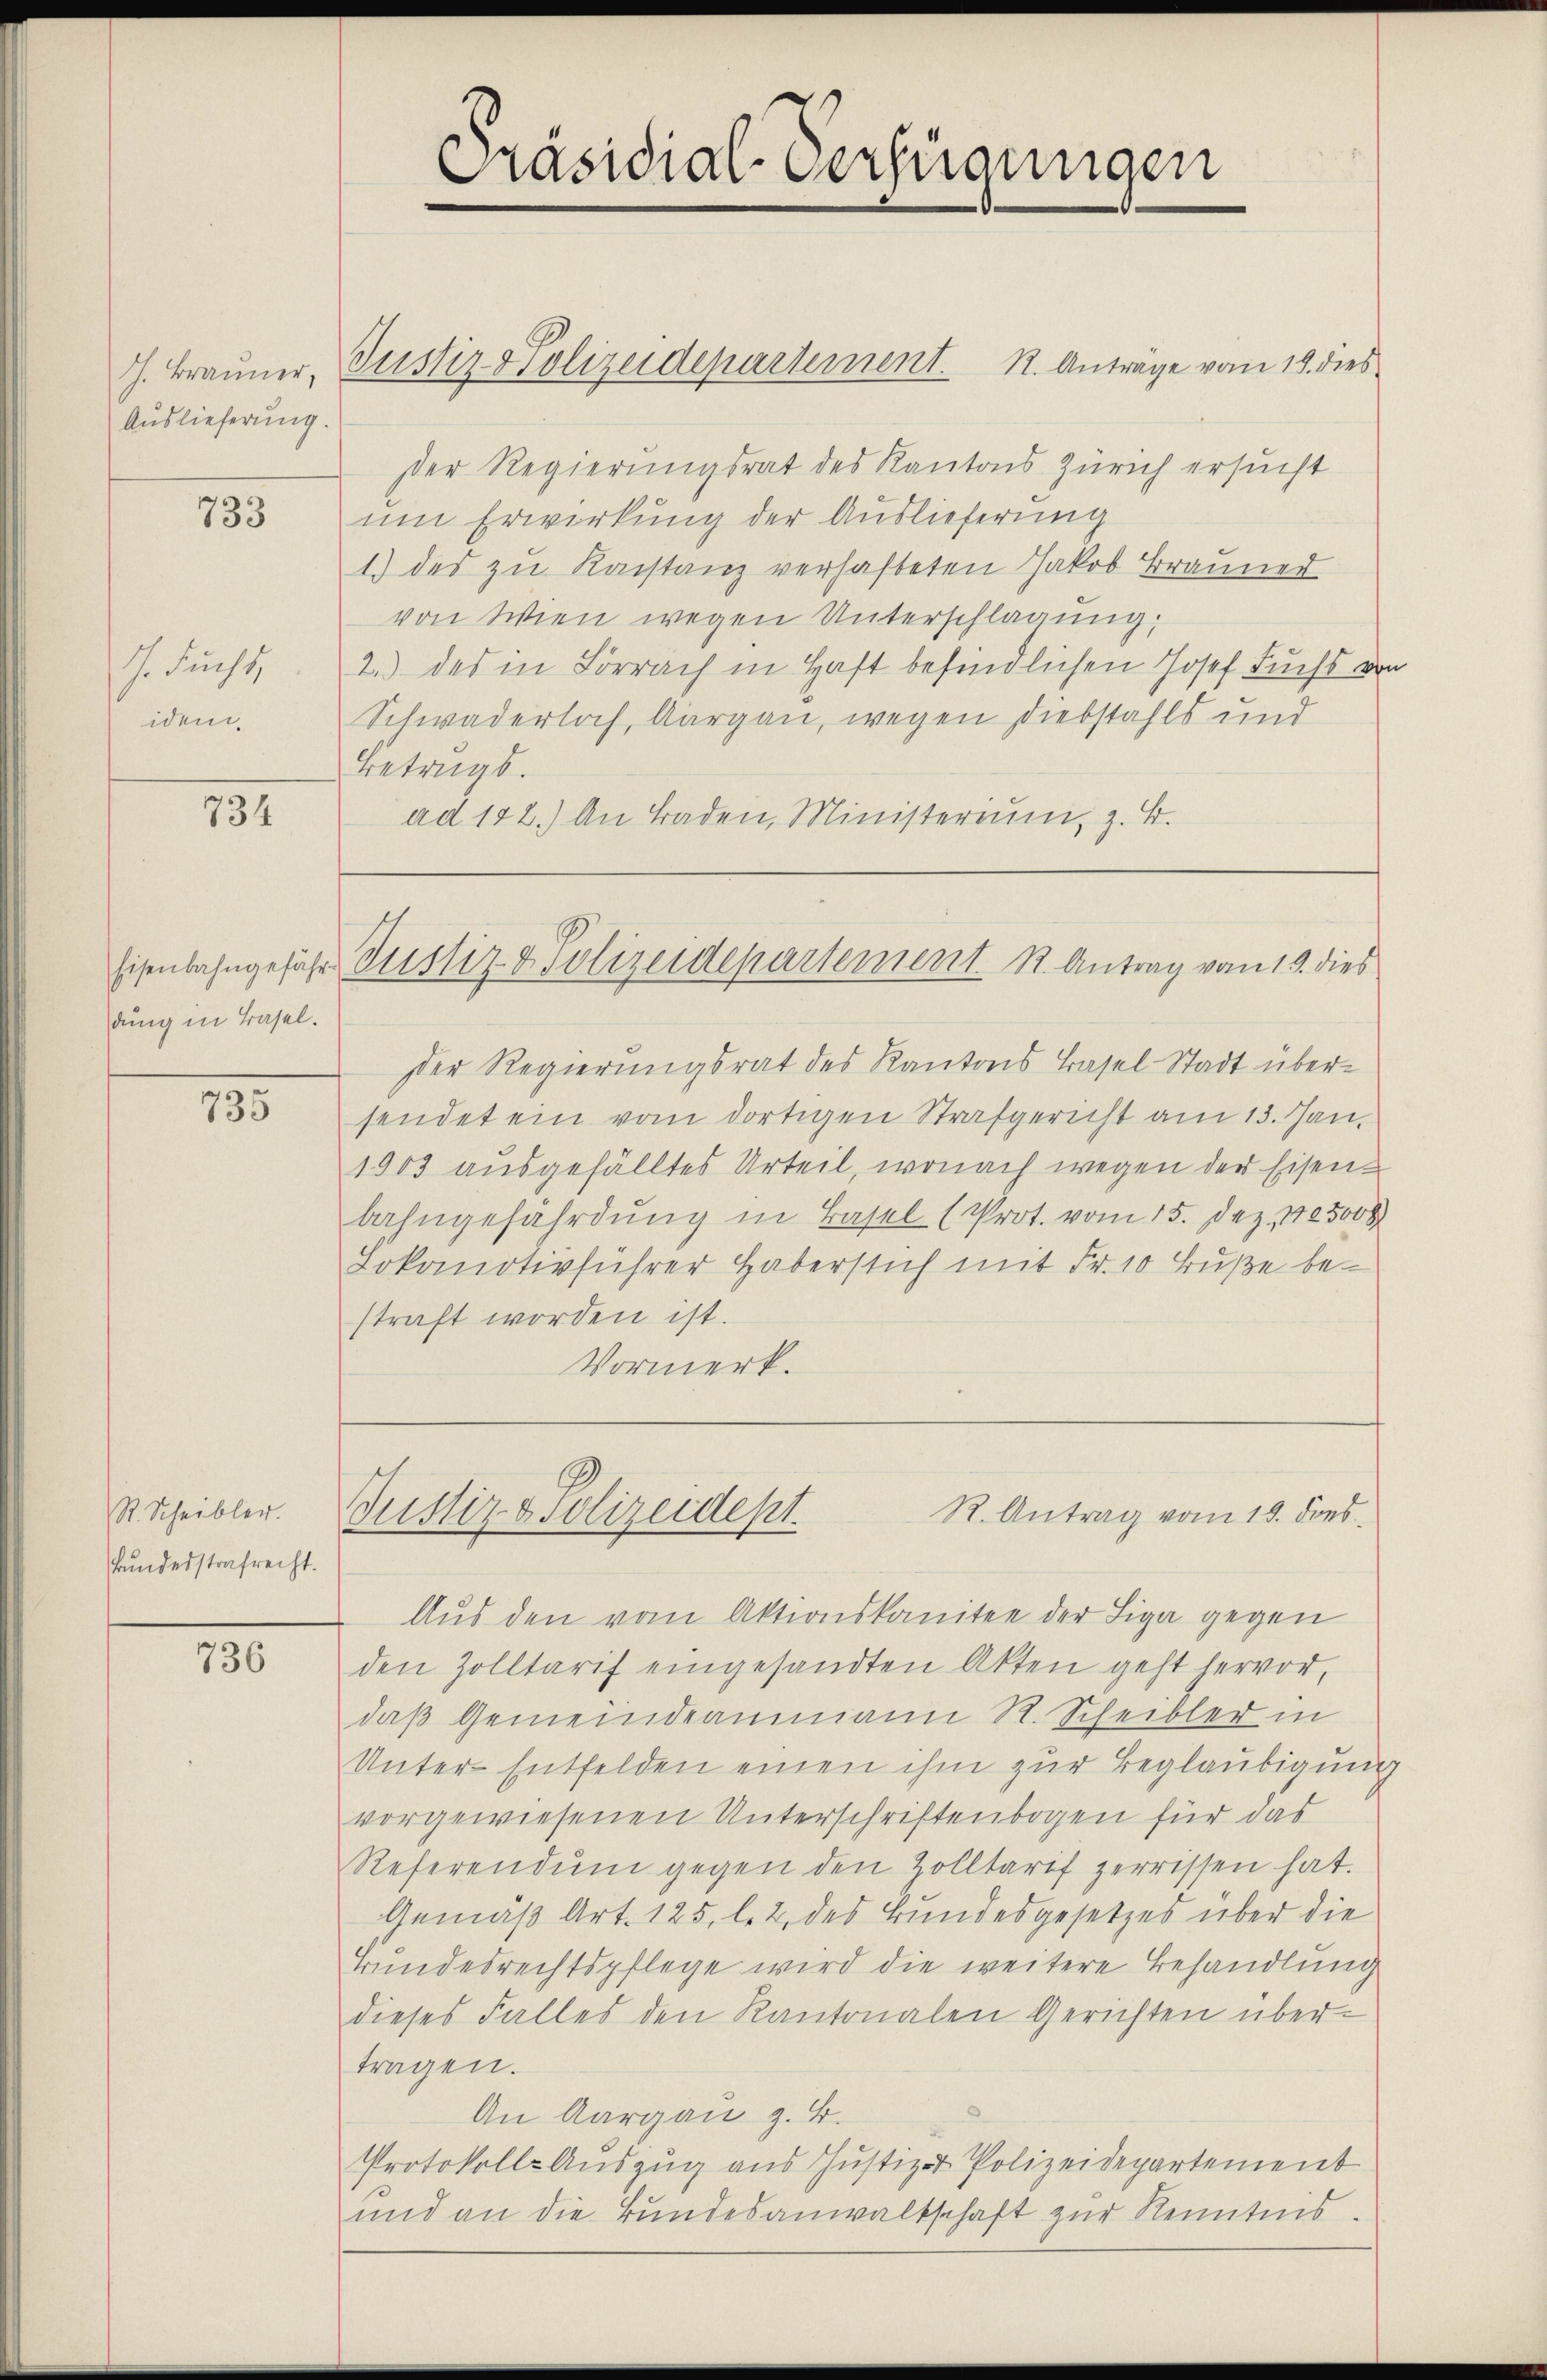
Auslieferung.

733

J. Fucht
idem

134

dung in Basel.

135

R. Scheibler.
kundesstrafrecht.

736

Präsidial-Verfügungen

J. Brauner, Justiz Polizeidepartement. K. Anträge vom 18. dies
Der Regierungsrat des Kantons Zürich ersucht
um Erwirkung der Auslieferung
1) des zu Konstanz verhafteten Jakob Brauner
von Wien wegen Unterschlagung:
2.) des in Lörrach in Haft befindlichen Josef Fuchs von
Schwaderloch, Aargau, wegen Diebstahls und
Betrugs.
ad 182.) An Baden, Ministerium, z. B.

Eisenbahngefähr Justiz & Polizeidepartement K. Antrag vom 19. dies

Der Regierungsrat des Kantons Basel-Stadt übersendet ein vom dortigen Strafgericht am 13. Jan.
1903 ausgefälltes Urteil, wonach wegen der Eisenbahngefährdung in Basel (Prot. vom 15. Dez. 185008
Lokomotivführer Haberstich mit Fr. 10 Fuße bestraft worden ist.
Vormerk.

R. Antrag vom 19. dies
Justiz & Polizeidept.

Aus den vom Aktionskomitee der Liga gegen
den Zolltarif eingesandten Akten geht hervor,
daβ Gemeindeammann R. Scheibler in
Unter-Entfelden einen ihm zur Beglaubigung
vorgewiesenen Unterschriftenbogen für das
Referendŭm gegen den Zolltarif zerrissen hat.
Gemäß Art. 125, lez des Bundesgesetzes über die
Bŭndesrechtspflege wird die weitere Behandlung
dieses Falles den Kantonalen Gerichten über-
tragen.
An Aargau z. B.
Protokolls-Auszug aus Justiz- & Polizeidepartement
und an die Bundesanwaltschaft zur Kenntnis